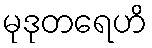
မုဒုတရေဟိ